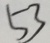
5 3